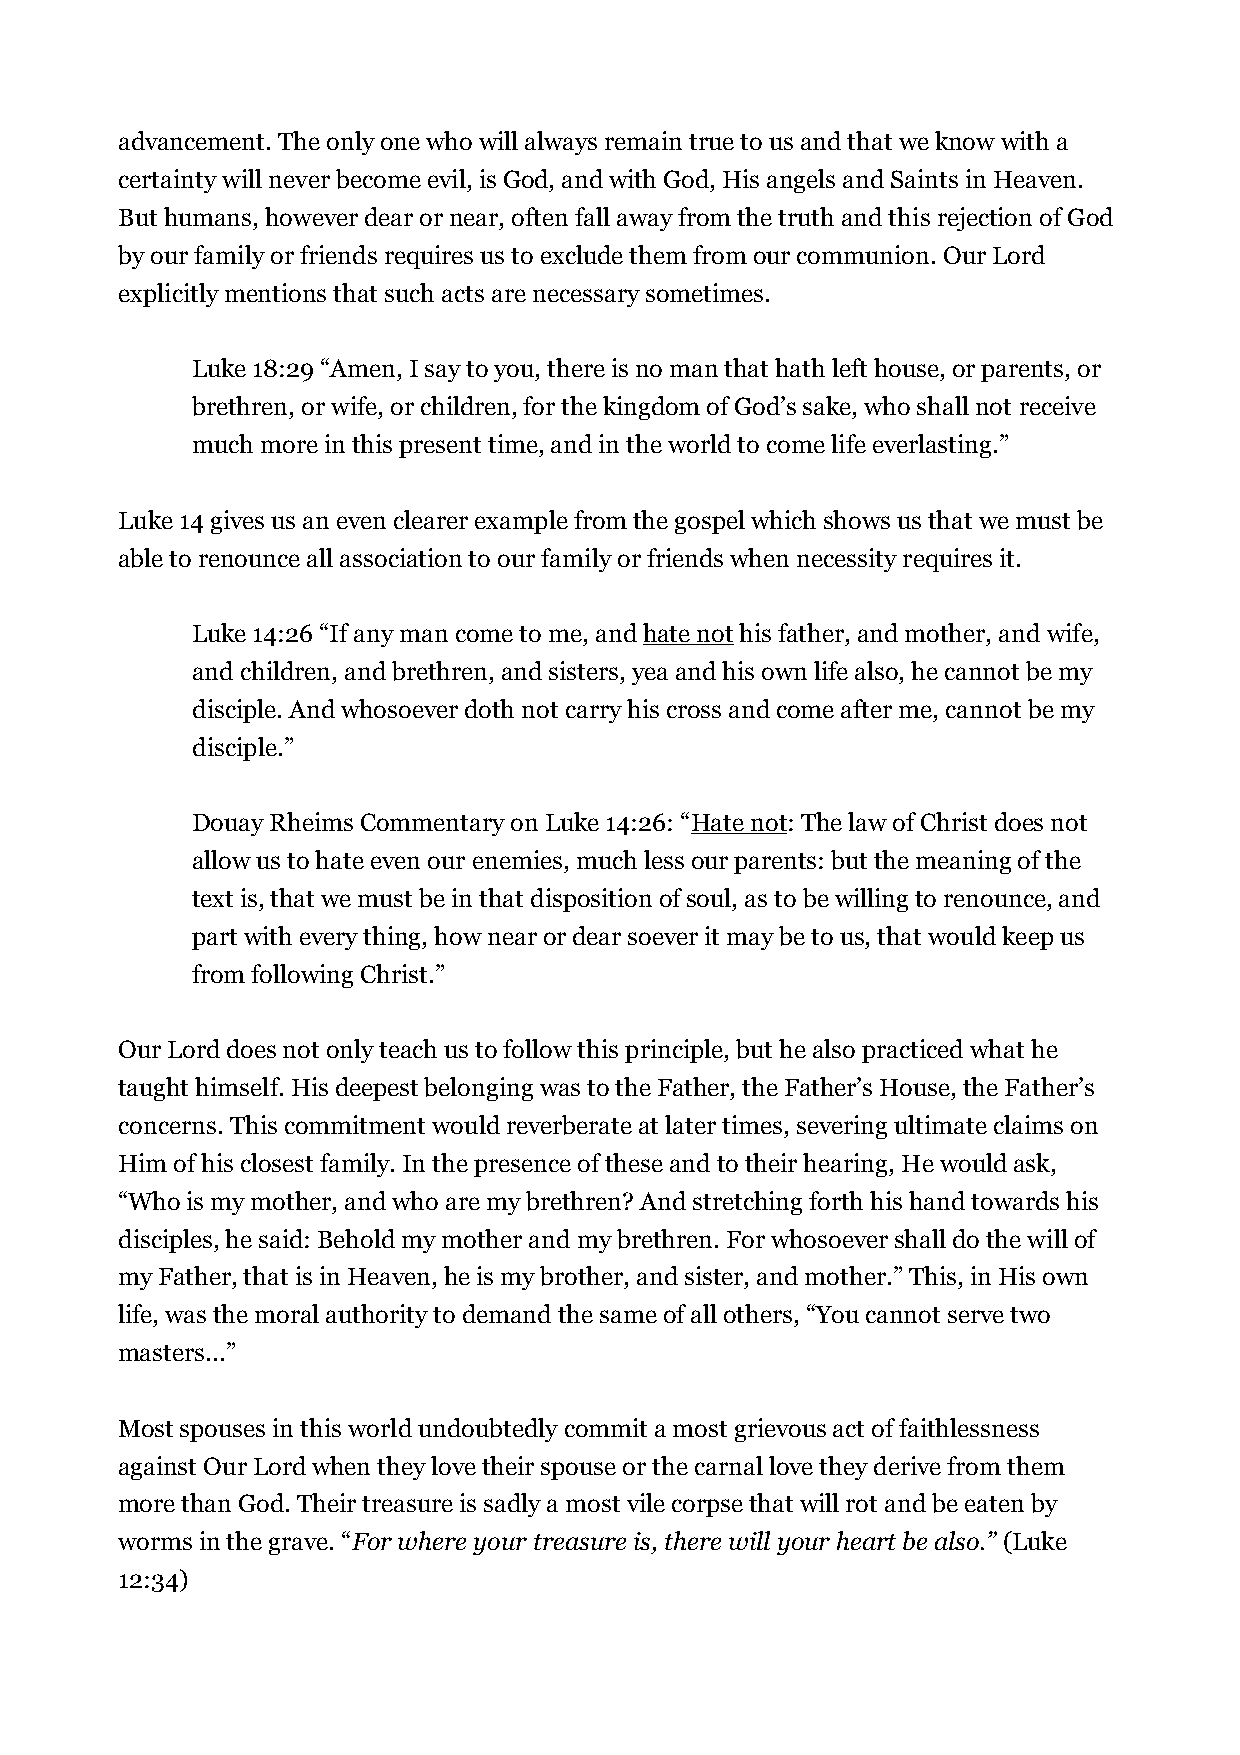
advancement. The only one who will always remain true to us and that we know with a
 certainty will never become evil, is God, and with God, His angels and Saints in Heaven.
 But humans, however dear or near, often fall away from the truth and this rejection of God
 by our family or friends requires us to exclude them from our communion. Our Lord
 explicitly mentions that such acts are necessary sometimes.
 Luke 18:29 “Amen, I say to you, there is no man that hath left house, or parents, or
 brethren, or wife, or children, for the kingdom of God’s sake, who shall not receive
 much more in this present time, and in the world to come life everlasting.”
 Luke 14 gives us an even clearer example from the gospel which shows us that we must be
 able to renounce all association to our family or friends when necessity requires it.
 Luke 14:26 “If any man come to me, and hate not his father, and mother, and wife,
 and children, and brethren, and sisters, yea and his own life also, he cannot be my
 disciple. And whosoever doth not carry his cross and come after me, cannot be my
 disciple.”
 Douay Rheims Commentary on Luke 14:26: “Hate not: The law of Christ does not
 allow us to hate even our enemies, much less our parents: but the meaning of the
 text is, that we must be in that disposition of soul, as to be willing to renounce, and
 part with every thing, how near or dear soever it may be to us, that would keep us
 from following Christ.”
 Our Lord does not only teach us to follow this principle, but he also practiced what he
 taught himself. His deepest belonging was to the Father, the Father’s House, the Father’s
 concerns. This commitment would reverberate at later times, severing ultimate claims on
 Him of his closest family. In the presence of these and to their hearing, He would ask,
 “Who is my mother, and who are my brethren? And stretching forth his hand towards his
 disciples, he said: Behold my mother and my brethren. For whosoever shall do the will of
 my Father, that is in Heaven, he is my brother, and sister, and mother.” This, in His own
 life, was the moral authority to demand the same of all others, “You cannot serve two
 masters...”
 Most spouses in this world undoubtedly commit a most grievous act of faithlessness
 against Our Lord when they love their spouse or the carnal love they derive from them
 more than God. Their treasure is sadly a most vile corpse that will rot and be eaten by
 worms in the grave. “For where your treasure is, there will your heart be also.” (Luke
 12:34)